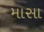
માસા